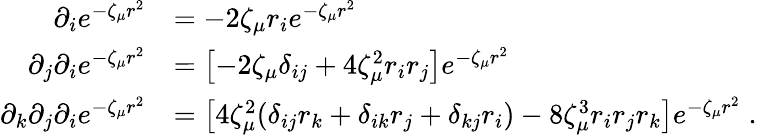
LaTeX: \begin{array}{rl}{\partial_{i}e^{-\zeta_{\mu}r^{2}}}&{=-2\zeta_{\mu}r_{i}e^{-\zeta_{\mu}r^{2}}}\\ {\partial_{j}\partial_{i}e^{-\zeta_{\mu}r^{2}}}&{=\left[-2\zeta_{\mu}\delta_{ij}+4\zeta_{\mu}^{2}r_{i}r_{j}\right]e^{-\zeta_{\mu}r^{2}}}\\ {\partial_{k}\partial_{j}\partial_{i}e^{-\zeta_{\mu}r^{2}}}&{=\left[4\zeta_{\mu}^{2}(\delta_{ij}r_{k}+\delta_{ik}r_{j}+\delta_{kj}r_{i})-8\zeta_{\mu}^{3}r_{i}r_{j}r_{k}\right]e^{-\zeta_{\mu}r^{2}}\; .}\end{array}